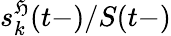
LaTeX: s_{k}^{\mathfrak{H}}(t-)/S(t-)